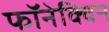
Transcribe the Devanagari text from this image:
फॉनेक्विन